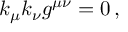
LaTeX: k _ { \mu } k _ { \nu } g ^ { \mu \nu } = 0 \, ,